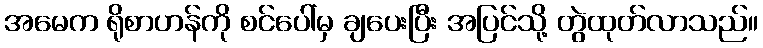
အမေက ရိုစာဟန်ကို စင်ပေါ်မှ ချပေးပြီး အပြင်သို့ တွဲထုတ်လာသည်။